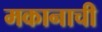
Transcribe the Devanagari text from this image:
मकानाची